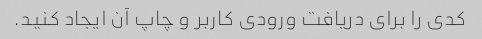
کدی را برای دریافت ورودی کاربر و چاپ آن ایجاد کنید.